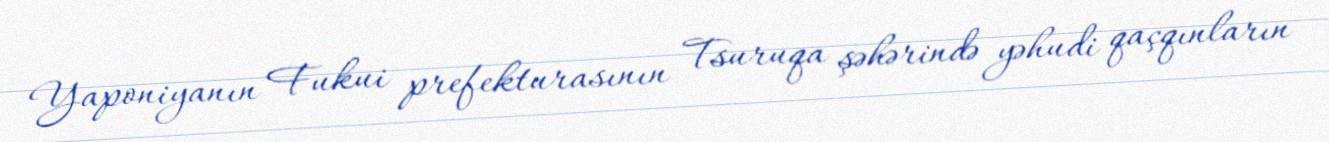
Yaponiyanın Fukui prefekturasının Tsuruqa şəhərində yəhudi qaçqınların